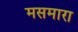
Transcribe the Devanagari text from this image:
मसमारा